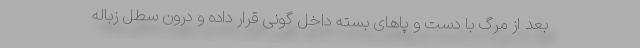
بعد از مرگ با دست و پا‌های بسته داخل گونی قرار داده و درون سطل زباله